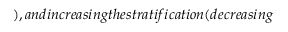
) , a n d i n c r e a s i n g t h e s t r a t i f i c a t i o n ( d e c r e a s i n g